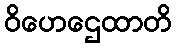
ဝိဟေဌေထာတိ